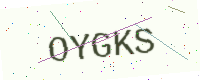
Text: OYGKS